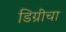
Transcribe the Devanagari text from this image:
डिग्रीचा